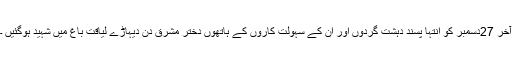
آخر 27دسمبر کو انتہا پسند دہشت گردوں اور ان کے سہولت کاروں کے ہاتھوں دختر مشرق دن دیہاڑے لیاقت باغ میں شہید ہوگئیں ۔